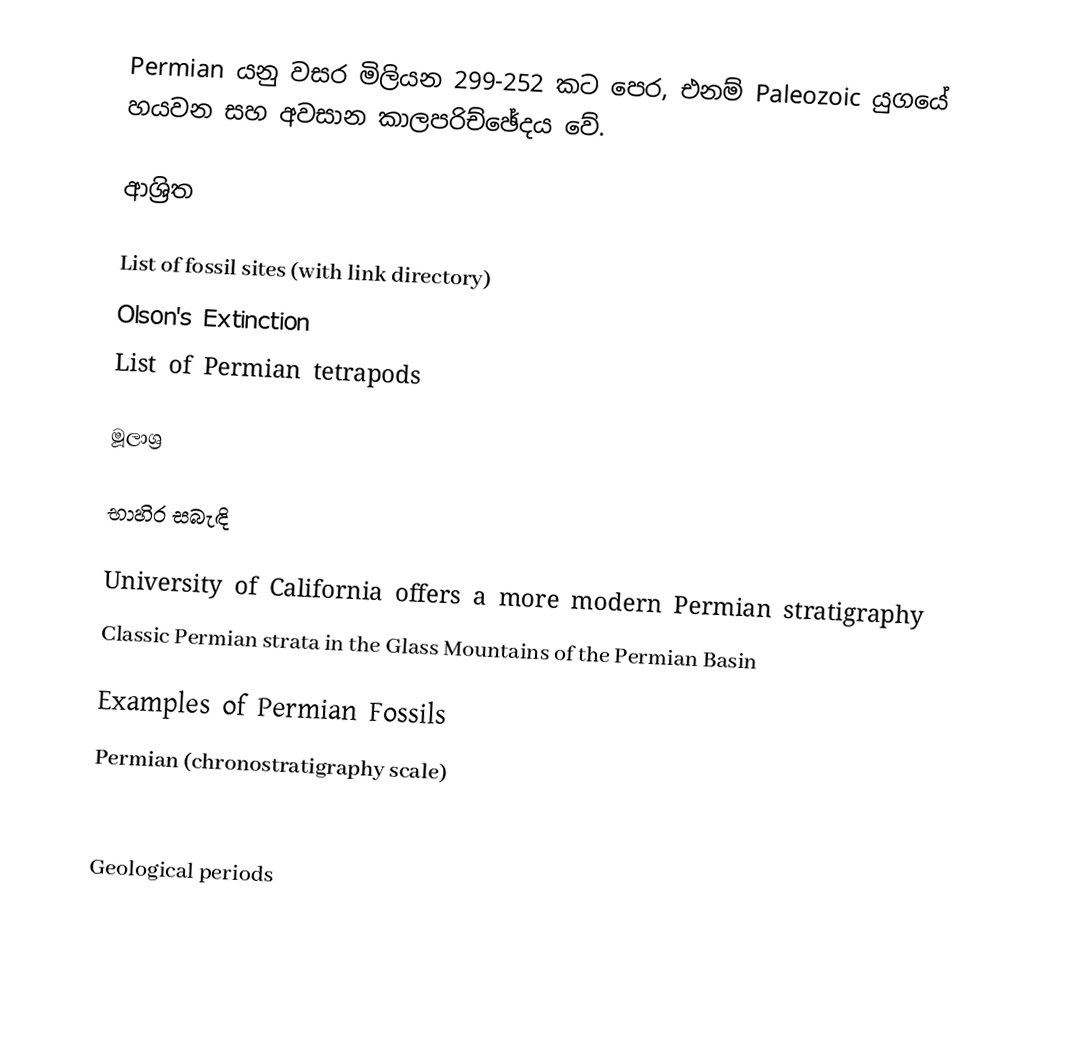
Permian යනු වසර මිලියන 299-252 කට පෙර, එනම් Paleozoic යුගයේ හයවන සහ අවසාන කාලපරිච්ඡේදය වේ.

ආශ්‍රිත

 List of fossil sites (with link directory)
 Olson's Extinction
List of Permian tetrapods

මූලාශ්‍ර

භාහිර සබැඳි

 University of California offers a more modern Permian stratigraphy
 Classic Permian strata in the Glass Mountains of the Permian Basin

 Examples of Permian Fossils
 Permian (chronostratigraphy scale)

Geological periods